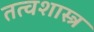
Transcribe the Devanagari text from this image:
तत्वशास्त्र